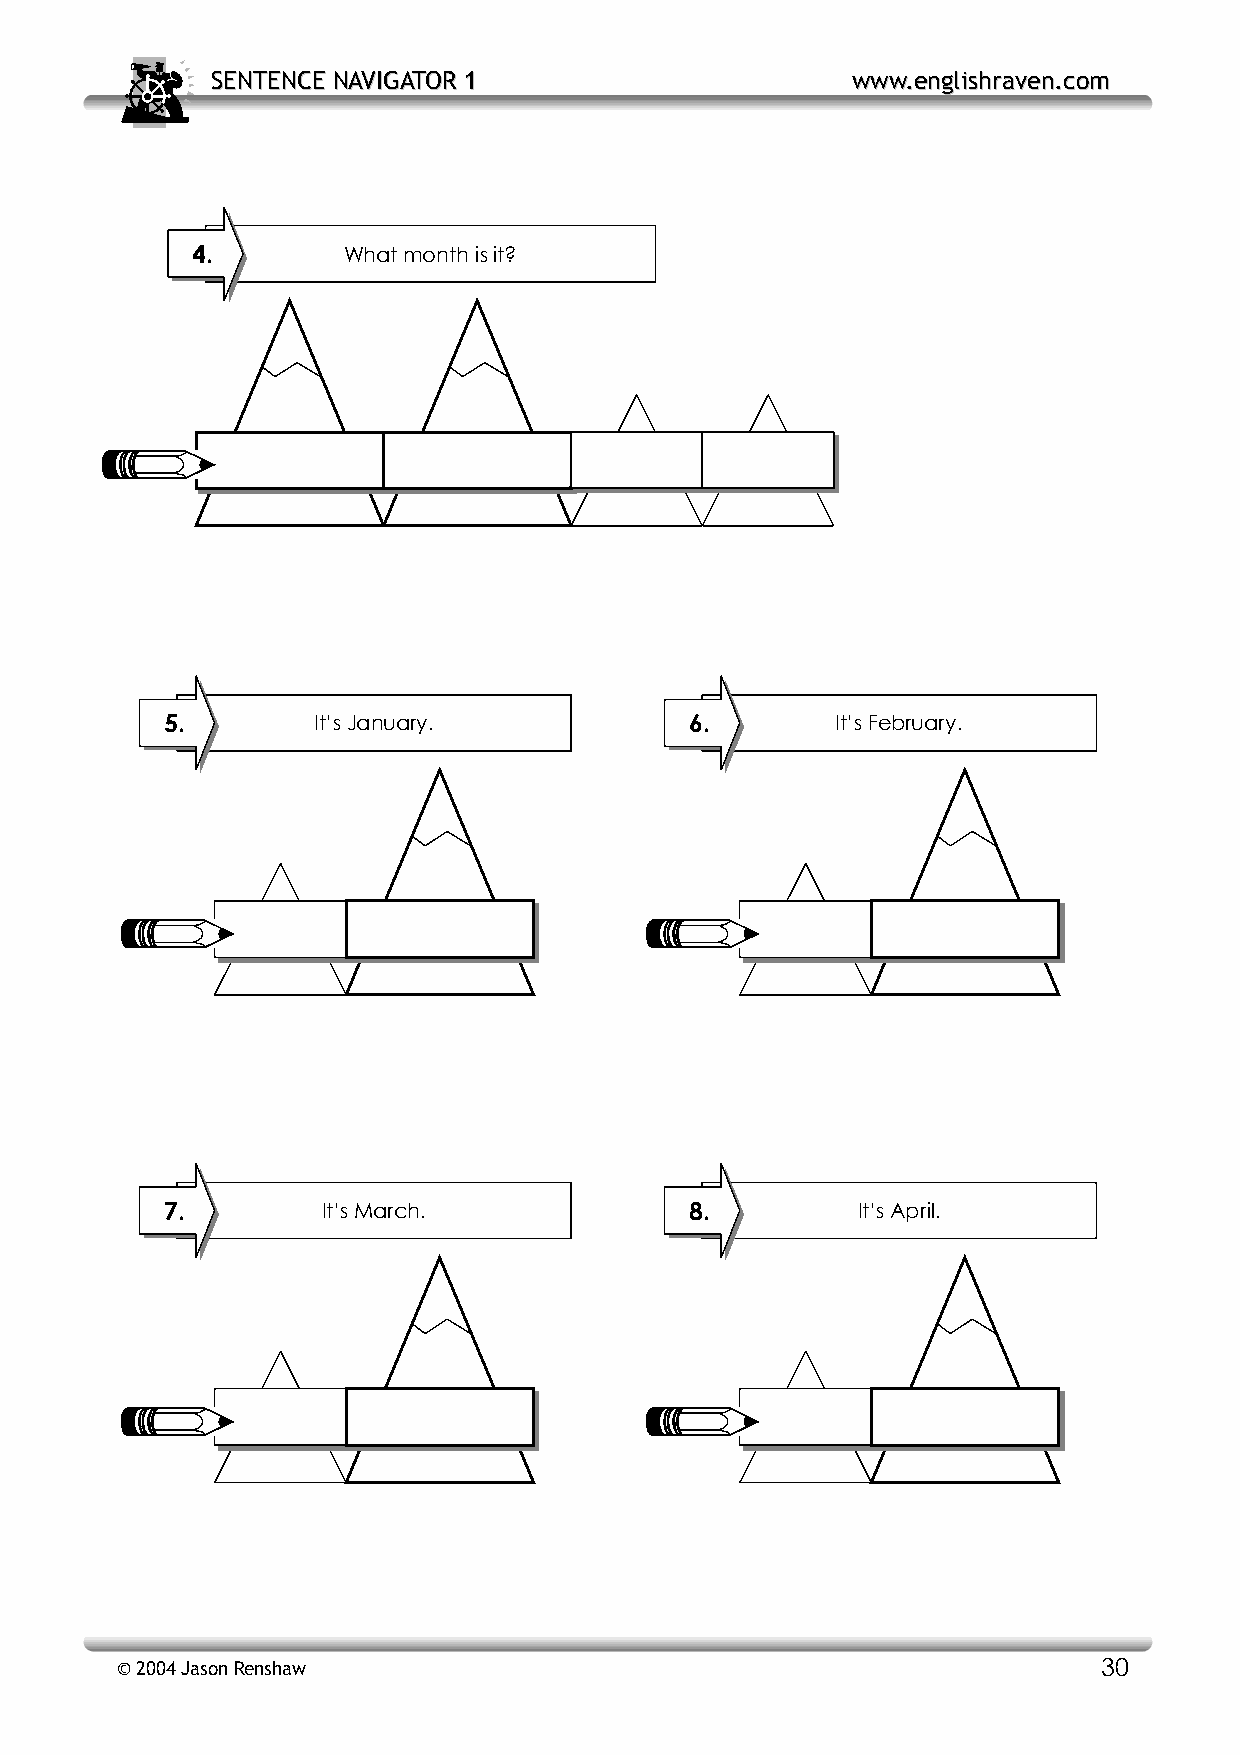
SSEENNTTEENNCCEE NNAAVVIIGGAATTOORR 11    wwwwww..eenngglliisshhrraavveenn..ccoomm
 4.        What month is it?
 5.        It’s January.            6.       It’s February.
 7.        It’s March.              8.         It’s April.
 © 2004 Jason Renshaw                                             30